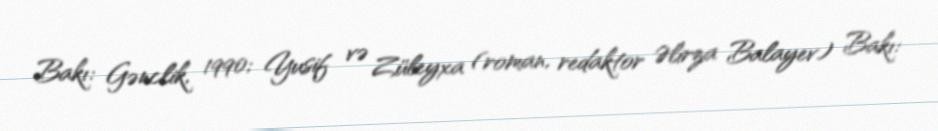
Bakı: Gənclik, 1990; Yusif və Züleyxa (roman, redaktor Əlirza Balayev) Bakı: